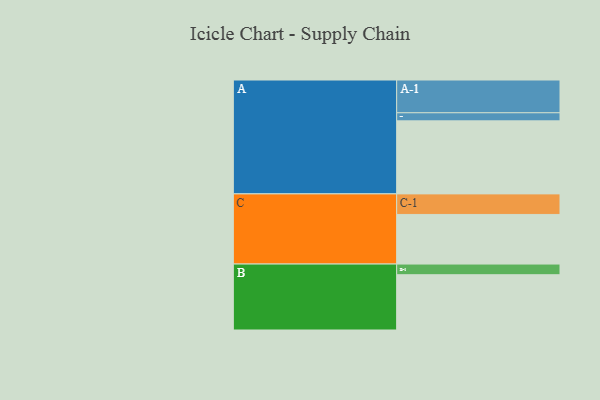
{"axis": {"x": "Segment", "y": "Value"}, "legend": ["", "A", "B", "C"], "data": [{"x": "A", "y": 568, "type": ""}, {"x": "B", "y": 430, "type": ""}, {"x": "C", "y": 386, "type": ""}, {"x": "A-1", "y": 255, "type": "A"}, {"x": "A-2", "y": 63, "type": "A"}, {"x": "B-1", "y": 83, "type": "B"}, {"x": "C-1", "y": 160, "type": "C"}]}